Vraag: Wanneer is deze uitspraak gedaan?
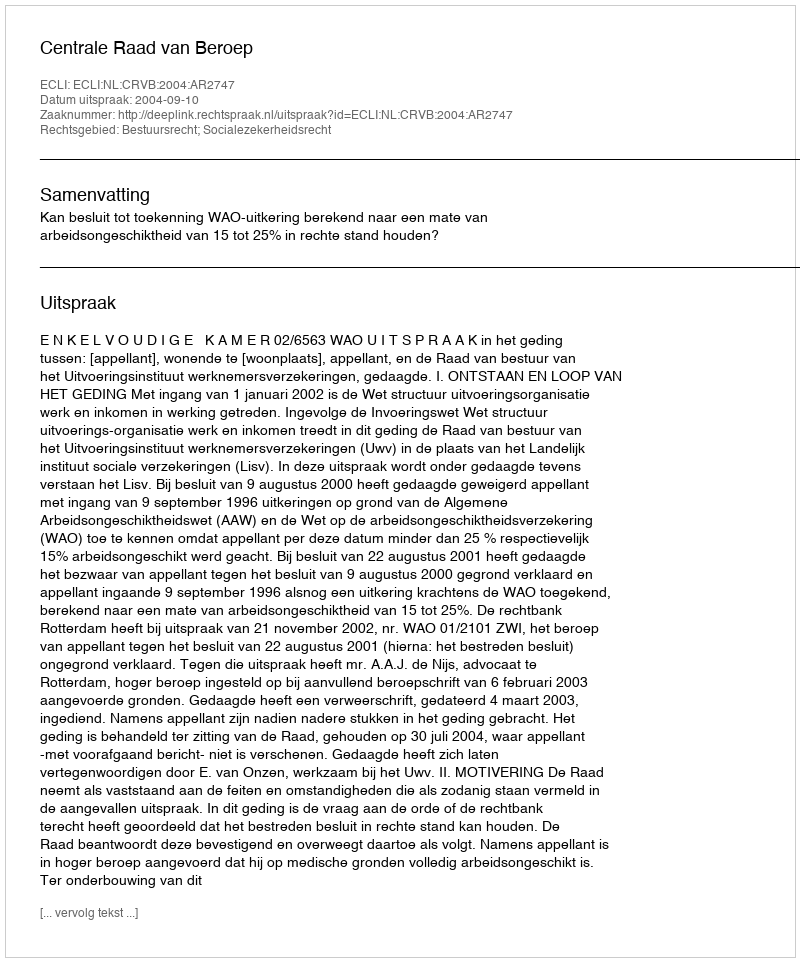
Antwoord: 2004-09-10